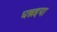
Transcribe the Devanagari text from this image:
घन्नइया